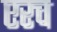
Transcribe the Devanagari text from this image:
एरच